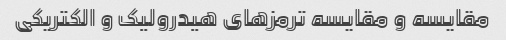
مقایسه و مقایسه ترمزهای هیدرولیک و الکتریکی